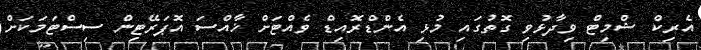
އެރިކް ޝްމިޓް ވިދާޅުވި ގޮތުގައި މުޅި އެންޑްރޮއިޑް ވެއްޓަށް ޚާއްސަ އޮޕަރޭޓިން ސިސްޓަމަކަށް